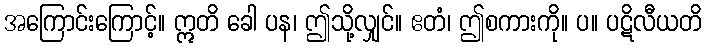
အကြောင်းကြောင့်။ ဣတိ ခေါ ပန၊ ဤသို့လျှင်။ ဧတံ၊ ဤစကားကို။ ပ။ ပဋိလီယတိ